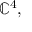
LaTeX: \mathbb { C } ^ { 4 } ,